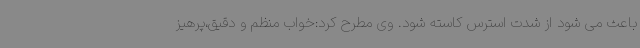
باعث می شود از شدت استرس کاسته شود. وی مطرح کرد:خواب منظم و دقیق،پرهیز